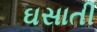
ઘસાતી